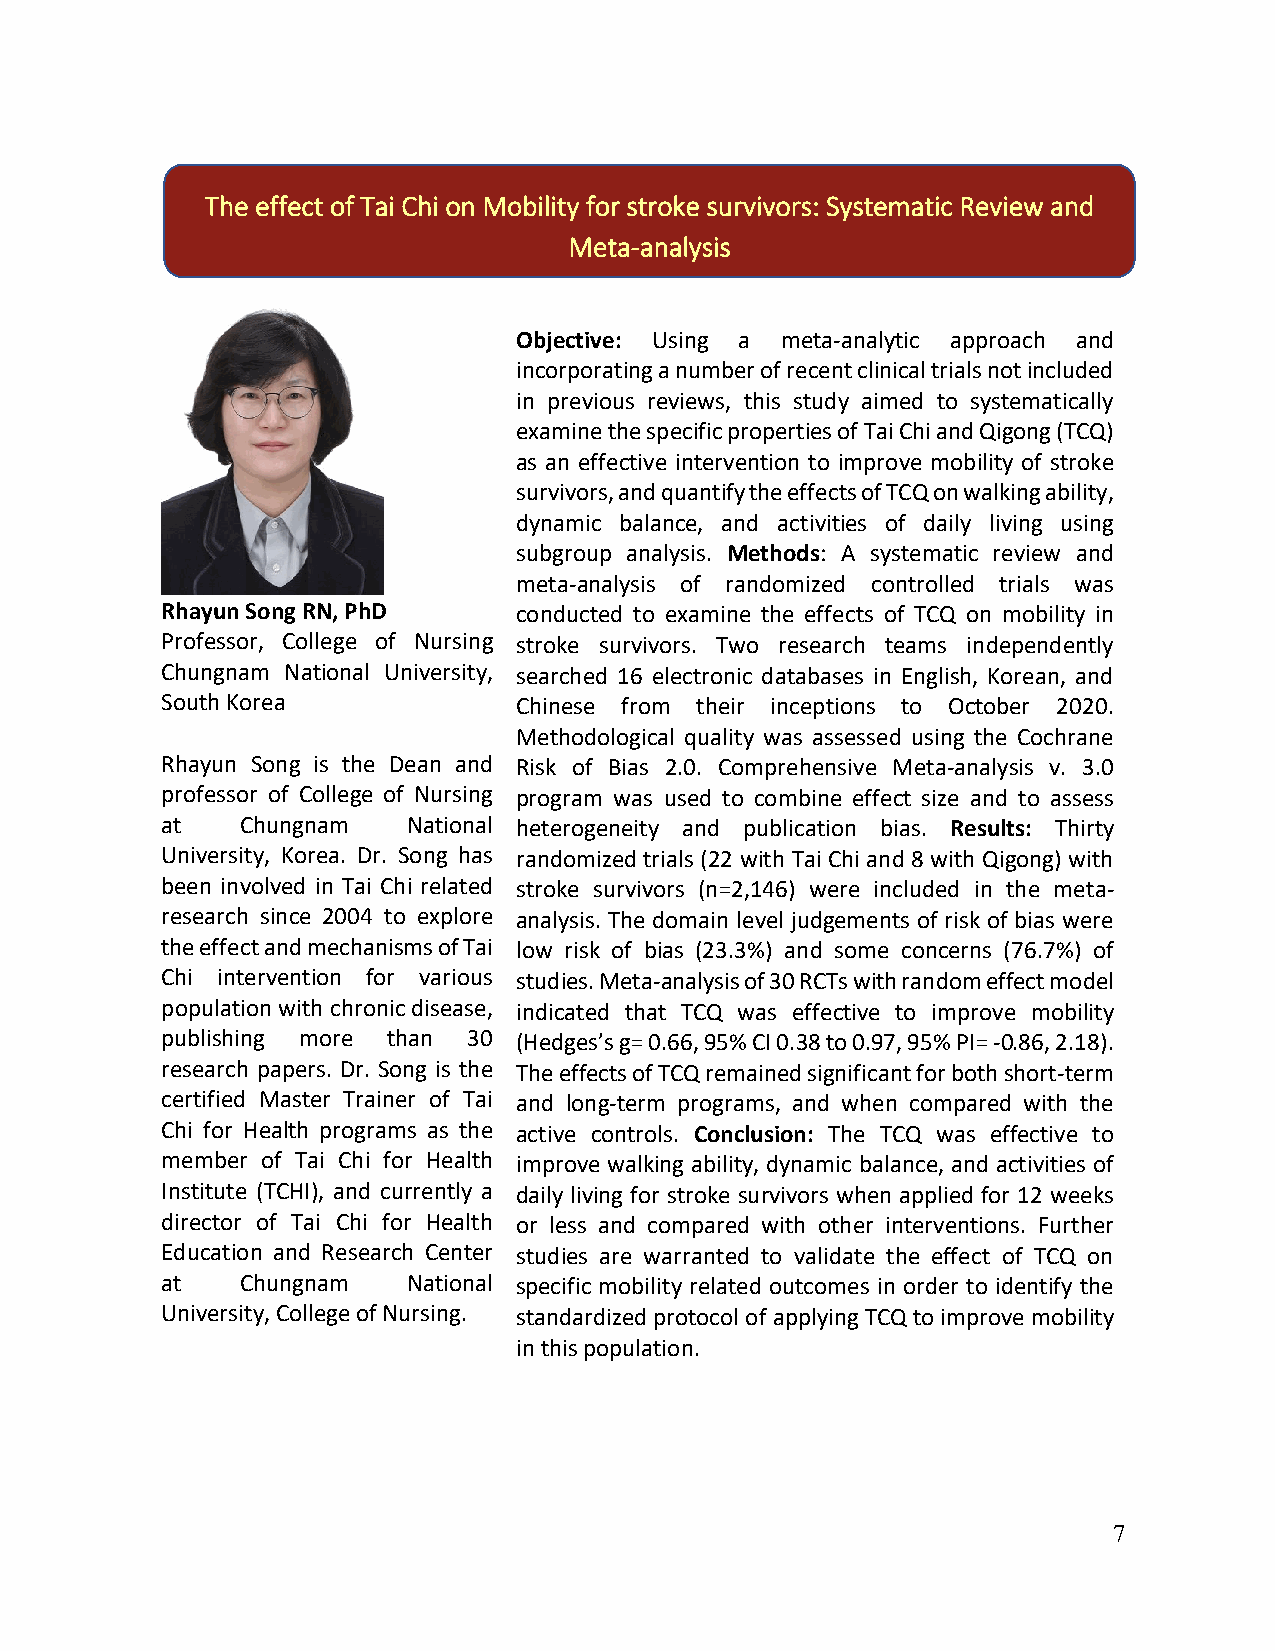
The effect of Tai Chi on Mobility for stroke survivors: Systematic Review and
 Meta-analysis
 Objective: Using a meta-analytic approach and
 incorporating a number of recent clinical trials not included
 in previous reviews, this study aimed to systematically
 examine the specific properties of Tai Chi and Qigong (TCQ)
 as an effective intervention to improve mobility of stroke
 survivors, and quantify the effects of TCQ on walking ability,
 dynamic balance, and activities of daily living using
 subgroup analysis. Methods: A systematic review and
 meta-analysis of randomized controlled trials was
 Rhayun Song RN, PhD    conducted to examine the effects of TCQ on mobility in
 Professor, College of Nursing stroke survivors. Two research teams independently
 Chungnam National University, searched 16 electronic databases in English, Korean, and
 South Korea            Chinese from their inceptions to October 2020.
 Methodological quality was assessed using the Cochrane
 Rhayun Song is the Dean and Risk of Bias 2.0. Comprehensive Meta-analysis v. 3.0
 professor of College of Nursing program was used to combine effect size and to assess
 at   Chungnam   National heterogeneity and publication bias. Results: Thirty
 University, Korea. Dr. Song has randomized trials (22 with Tai Chi and 8 with Qigong) with
 been involved in Tai Chi related stroke survivors (n=2,146) were included in the meta-
 research since 2004 to explore analysis. The domain level judgements of risk of bias were
 the effect and mechanisms of Tai low risk of bias (23.3%) and some concerns (76.7%) of
 Chi intervention for various studies. Meta-analysis of 30 RCTs with random effect model
 population with chronic disease, indicated that TCQ was effective to improve mobility
 publishing more than 30 (Hedges’s g= 0.66, 95% CI 0.38 to 0.97, 95% PI= -0.86, 2.18).
 research papers. Dr. Song is the The effects of TCQ remained significant for both short-term
 certified Master Trainer of Tai and long-term programs, and when compared with the
 Chi for Health programs as the active controls. Conclusion: The TCQ was effective to
 member of Tai Chi for Health improve walking ability, dynamic balance, and activities of
 Institute (TCHI), and currently a daily living for stroke survivors when applied for 12 weeks
 director of Tai Chi for Health or less and compared with other interventions. Further
 Education and Research Center studies are warranted to validate the effect of TCQ on
 at   Chungnam   National specific mobility related outcomes in order to identify the
 University, College of Nursing. standardized protocol of applying TCQ to improve mobility
 in this population.
 7